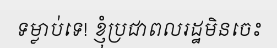
ទម្លាប់ទេ! ខ្ញុំប្រជាពលរដ្ឋមិនចេះ